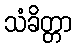
သံခိတ္တာ